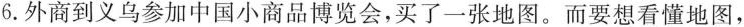
6.外商到义乌参加中国小商品博览会，买了一张地图。而要想看懂地图，